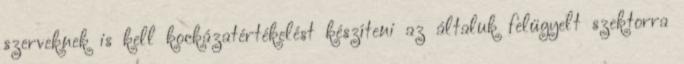
szerveknek is kell kockázatértékelést készíteni az általuk felügyelt szektorra